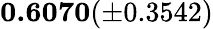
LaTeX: \mathbf{0.6070}(\pm 0.3542)